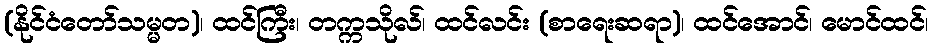
(နိုင်ငံတော်သမ္မတ)၊ ထင်ကြီး၊ တက္ကသိုလ်၊ ထင်လင်း (စာရေးဆရာ)၊ ထင်အောင်၊ မောင်ထင်၊